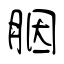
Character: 胭